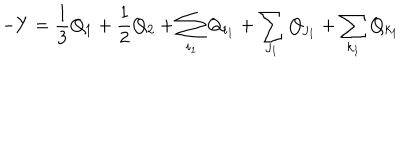
LaTeX: - Y = \frac { 1 } { 3 } Q _ { 1 } + \frac { 1 } { 2 } Q _ { 2 } + \sum _ { i _ { 1 } } Q _ { i _ { 1 } } + \sum _ { j _ { 1 } } Q _ { j _ { 1 } } + \sum _ { k _ { 1 } } Q _ { k _ { 1 } }